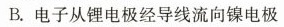
B.电子从锂电极经导线流向镍电极